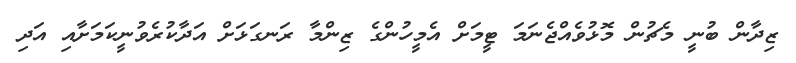
ޒިދާން ބުނީ މެޗުން މޮޅުވެއްޖެނަމަ ޓީމަށް އެމީހުންގެ ޒިންމާ ރަނގަޅަށް އަދާކުރެވުނީކަމަށާއި އަދި